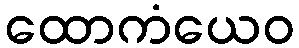
ထောကံယေဝ